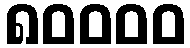
၈၀၀၀၀